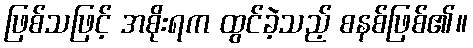
ဖြစ်သဖြင့် အစိုးရက ထွင်ခဲ့သည့် စနစ်ဖြစ်၏။